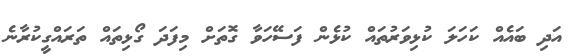
އަދި ބައެއް ކަހަލަ ކުޅިވަރުތައް ކުޅެން ފަސޭހަވާ ގޮތަށް މިފަދަ ގޯޅިތައް ތަރައްގީކުރާނެ